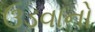
ઉડવાનો